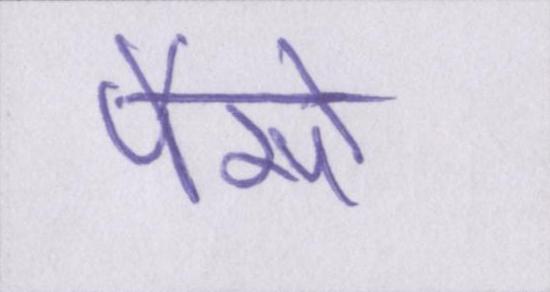
पैसों